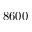
8 6 0 0